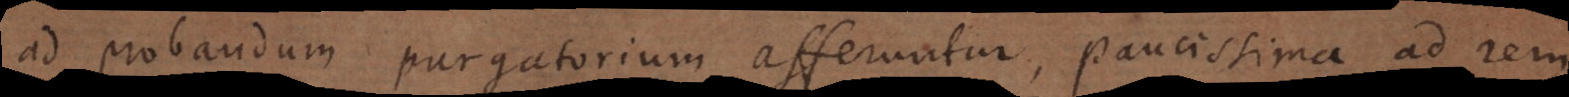
ad probandum purgatorium afferuntur, paucissima ad rem